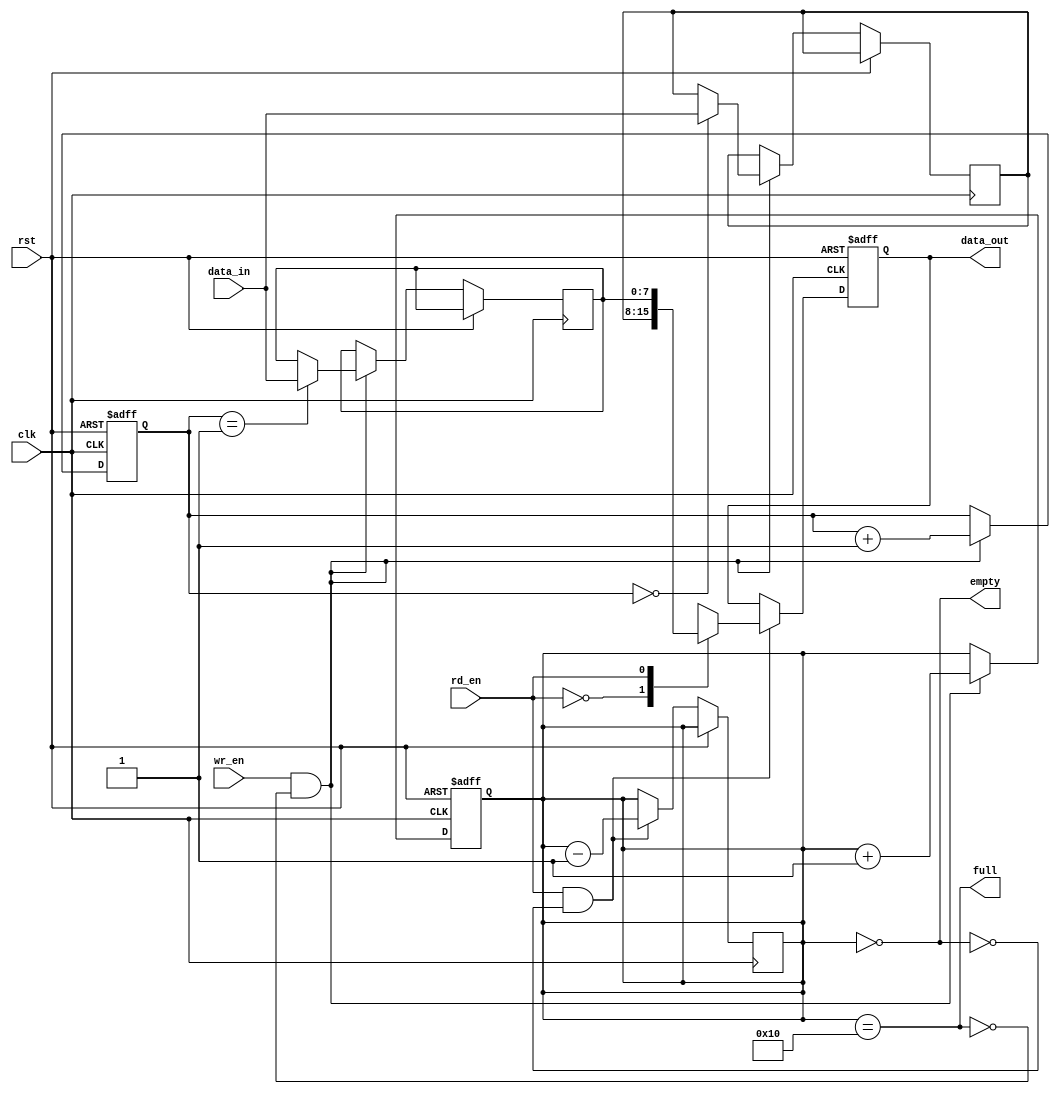
`timescale 1ns / 1ps
//////////////////////////////////////////////////////////////////////////////////
// Company: 
// Engineer: 
// 
// Design Name: 
// Module Name:    fifo 
// Project Name: 
// Target Devices: 
// Tool versions: 
// Description: 
//
// Dependencies: 
//
// Revision: 
// Revision 0.01 - File Created
// Additional Comments: 
//
//////////////////////////////////////////////////////////////////////////////////

module fifo(
    input clk,
    input rst,
    input wr_en,
    input rd_en,
    input [7:0] data_in,
    output reg [7:0] data_out,
    output 		 full,
    output 		 empty
    );
//parameters
parameter WIDTH = 8;
parameter DEPTH = 16;

// internal signal
reg [WIDTH-1:0] buffer [0:DEPTH-1];
reg [3:0] wr_ptr, rd_ptr;
reg[4:0] count;

//write logic
always@(posedge clk or posedge rst)
begin
     if (rst) begin
        wr_ptr <= 0;
        rd_ptr <= 0;
        count <= 0;
     end else begin
        if (wr_en && ~full) begin
            buffer[wr_ptr] <= data_in;
            wr_ptr <= wr_ptr + 1;
            count <= count + 1;
        end
     end
end
// read logic
always@(posedge clk or posedge rst)begin
	if (rst) begin
		data_out <= 0;
	end else begin
	if(rd_en && ~empty) begin
		data_out <= buffer[rd_en];
		rd_ptr <= rd_ptr +1;
		count <= count-1;
		end
	end
end

// Full and empty logic
//always@*begin
assign full = (count == DEPTH);
assign empty = (count == 0);
//end
endmodule